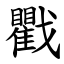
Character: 戵